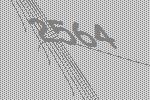
2564